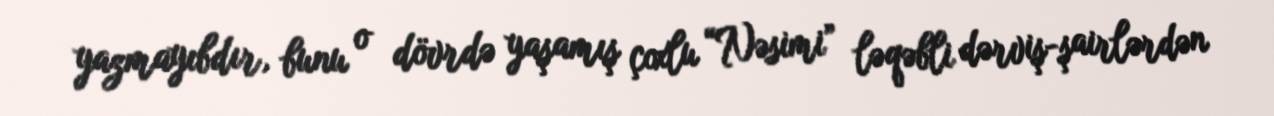
yazmayıbdır, bunu o dövrdə yaşamış çoxlu “Nəsimi” ləqəbli dərviş-şairlərdən